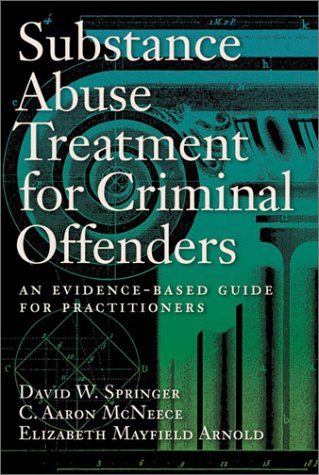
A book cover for Substance Abuse Treatment for Criminal Offenders: An Evidence-Based Guide for Practitioners (Forensic Practice Guidebooks Series); David W. Springer; Law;